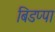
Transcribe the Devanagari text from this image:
बिडप्पा